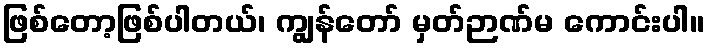
ဖြစ်တော့ဖြစ်ပါတယ်၊ ကျွန်တော် မှတ်ဉာဏ်မ ကောင်းပါ။